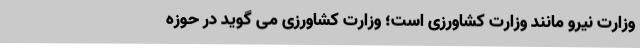
وزارت نیرو مانند وزارت کشاورزی است؛ وزارت کشاورزی می گوید در حوزه